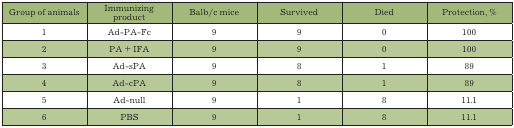
| Group of animals | Immunizingproduct | Balb/c mice | Survived | Died | Protection, % |
 | --- | --- | --- | --- | --- | --- |
 | 1 | Ad-PA-Fc | 9 | 9 | 0 | 100 |
 | 2 | PA + IFA | 9 | 9 | 0 | 100 |
 | 3 | Ad-sPA | 9 | 8 | 1 | 89 |
 | 4 | Ad-cPA | 9 | 8 | 1 | 89 |
 | 5 | Ad-null | 9 | 1 | 8 | 11.1 |
 | 6 | Ad-null | 9 | 1 | 8 | 11.1 |